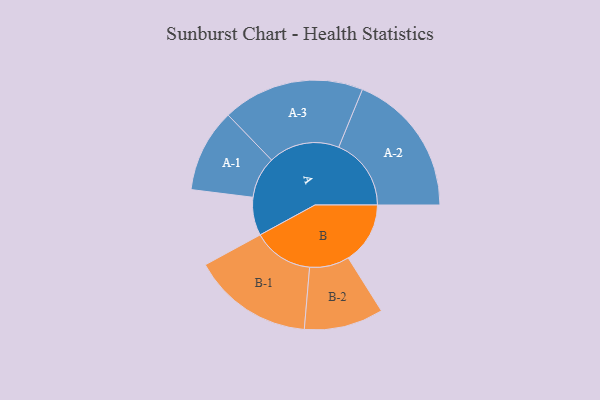
{"axis": {"x": "Segment", "y": "Value"}, "legend": ["", "A", "B"], "data": [{"x": "A", "y": 156, "type": ""}, {"x": "B", "y": 253, "type": ""}, {"x": "A-1", "y": 170, "type": "A"}, {"x": "A-2", "y": 296, "type": "A"}, {"x": "A-3", "y": 290, "type": "A"}, {"x": "B-1", "y": 247, "type": "B"}, {"x": "B-2", "y": 162, "type": "B"}]}